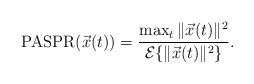
LaTeX: \begin{align*}\mathrm{PASPR}(\vec{x}(t)) = \frac{\max_t \|\vec{x}(t)\|^2}{\mathcal{E}\{\|\vec{x}(t)\|^2\}}.\end{align*}